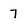
Character: 7